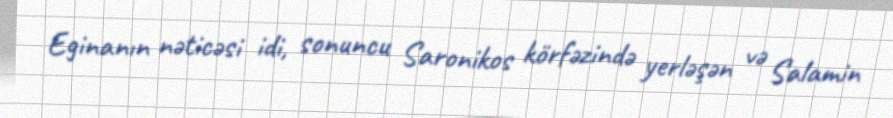
Eginanın nəticəsi idi, sonuncu Saronikos körfəzində yerləşən və Salamin